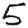
Digit: 5